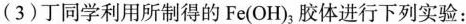
(3)丁同学利用所制得的Fe(OH)_{3}胶体进行下列实验：